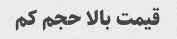
قیمت بالا حجم کم